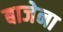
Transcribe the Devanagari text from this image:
बाजेना